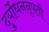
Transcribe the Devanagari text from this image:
दुर्योधननृपती